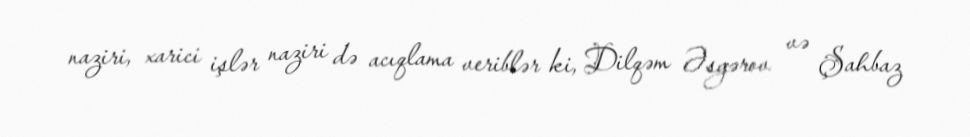
naziri, xarici işlər naziri də acıqlama veriblər ki, Dilqəm Əsgərov və Şahbaz